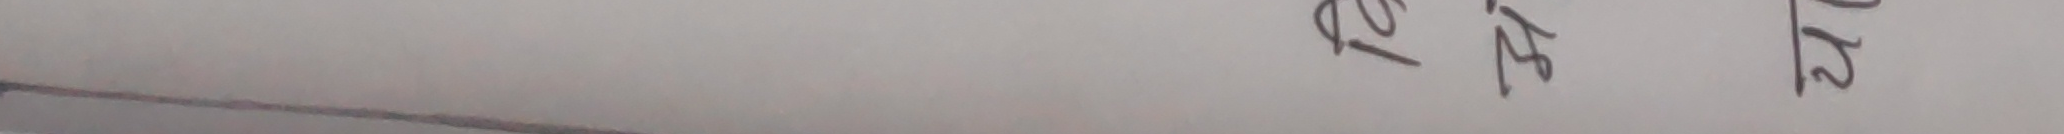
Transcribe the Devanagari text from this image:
१३
१५
१८ |